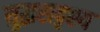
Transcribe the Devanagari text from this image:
युद्धसदृश्य